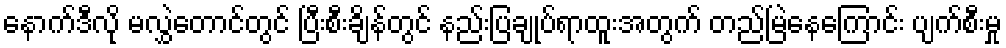
နောက်ဒီလို မလွှဲတောင်တွင် ပြီးစီးချိန်တွင် နည်းပြချုပ်ရာထူးအတွက် တည်မြဲနေကြောင်း ပျက်စီးမှု